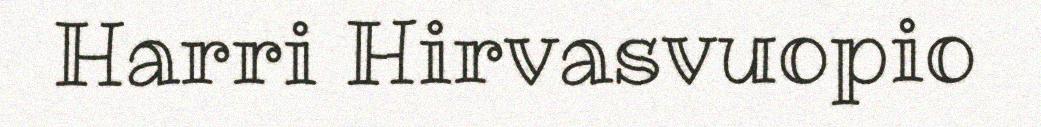
Harri Hirvasvuopio